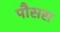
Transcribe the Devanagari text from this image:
पौसरा